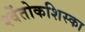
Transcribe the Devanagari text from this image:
श्वेंतोकशिस्का